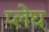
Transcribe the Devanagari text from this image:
प्लेघ